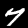
Digit: 7